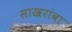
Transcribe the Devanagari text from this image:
साखरांबा